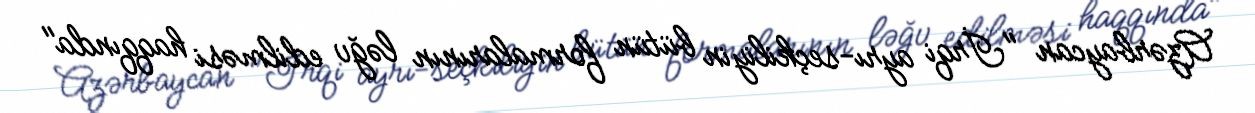
Azərbaycan "İrqi ayrı-seçkiliyin bütün formalarının ləğv edilməsi haqqında"